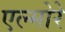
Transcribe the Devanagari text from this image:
एल्मोरे